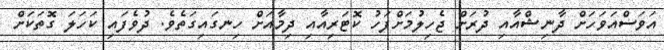
އަވަސްއަވަހަށް ދާނިޝްއާއި ދުރަށް ޖެހިލުމަށްފަހު ކޮޓަރިއާއި ދިމާއަށް ހިނގައިގަތެވެ. ދުވެފައި ކަހަލަ ގޮތަކަށް